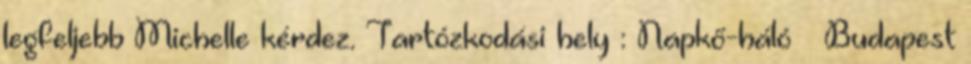
legfeljebb Michelle kérdez. Tartózkodási hely : Napkő-háló Budapest